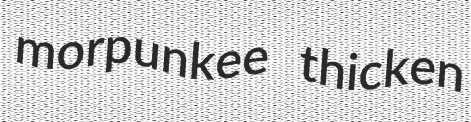
morpunkee thicken